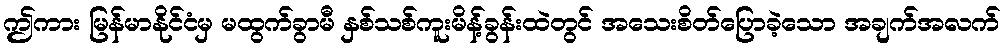
ဤကား မြန်မာနိုင်ငံမှ မထွက်ခွာမီ နှစ်သစ်ကူးမိန့်ခွန်းထဲတွင် အသေးစိတ်ပြောခဲ့သော အချက်အလက်